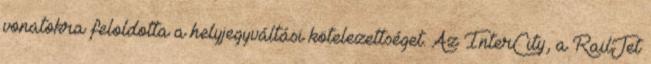
vonatokra feloldotta a helyjegyváltási kötelezettséget. Az InterCity, a RailJet